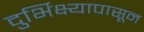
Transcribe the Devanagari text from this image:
दुर्भिक्ष्यापासून